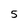
Character: 5